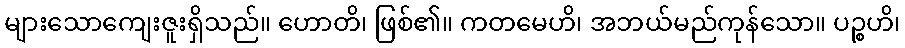
များသောကျေးဇူးရှိသည်။ ဟောတိ၊ ဖြစ်၏။ ကတမေဟိ၊ အဘယ်မည်ကုန်သော။ ပဉ္စဟိ၊